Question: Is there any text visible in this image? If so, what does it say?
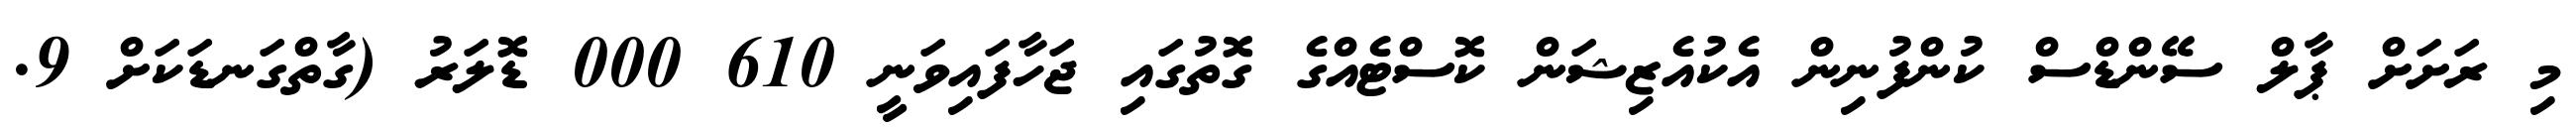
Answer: މި ރަށަށް ޕާލް ސޭންޑްސް ކުންފުނިން އެކުއެޒިޝަން ކޮސްޓެއްގެ ގޮތުގައި ޖަހާފައިވަނީ 610 000 ޑޮލަރު (ގާތްގަނޑަކަށް 9.